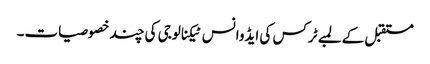
مستقبل کے لمبے ٹرکس کی ایڈوانس ٹیکنالوجی کی چند خصوصیات۔